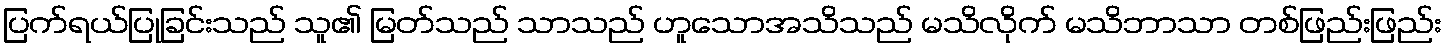
ပြက်ရယ်ပြုခြင်းသည် သူ၏ မြတ်သည် သာသည် ဟူသောအသိသည် မသိလိုက် မသိဘာသာ တစ်ဖြည်းဖြည်း